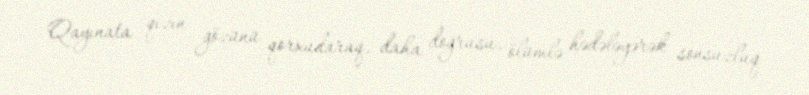
Qayınata qızın gözünü qorxudaraq, daha doğrusu, ölümlə hədələyərək sonsuzluq